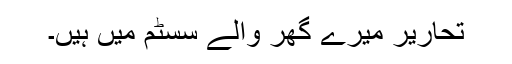
تحاریر میرے گھر والے سسٹم میں ہیں۔